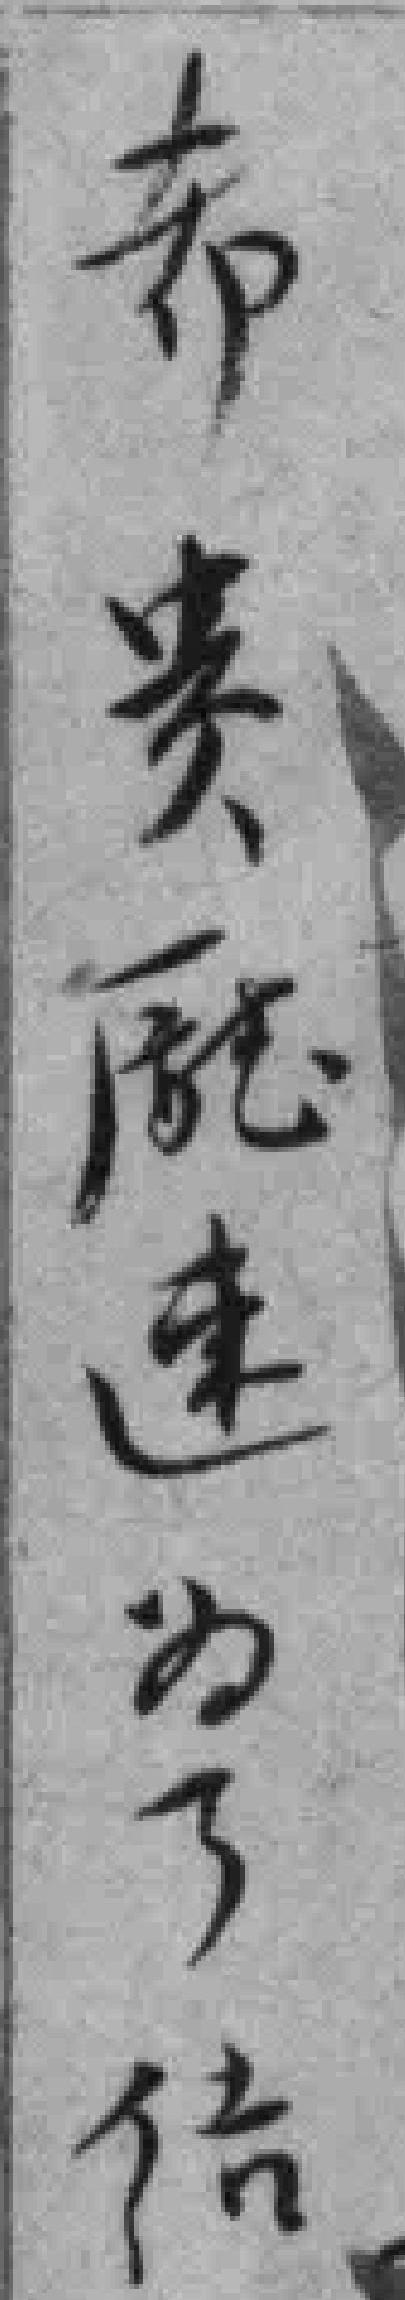
希贵廰速为了结